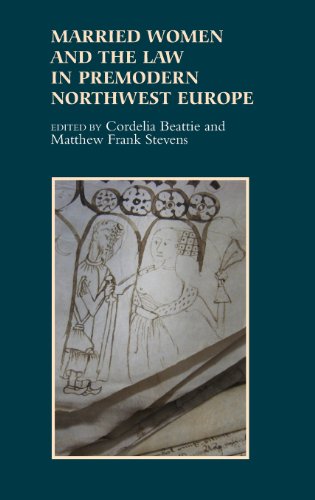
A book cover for Married Women and the Law in Premodern Northwest Europe (Gender in the Middle Ages); Law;